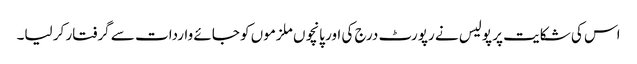
اس کی شکایت پر پولیس نے رپورٹ درج کی اور پانچوں ملزموں کو جائے واردات سے گرفتار کر لیا۔